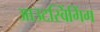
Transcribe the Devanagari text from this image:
आउटस्विंगिंग